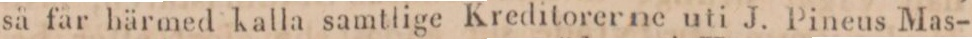
så får härmed kalla samtlige Kreditorerne uti J. Pineus Mas-